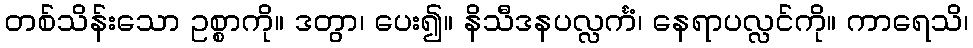
တစ်သိန်းသော ဥစ္စာကို။ ဒတွာ၊ ပေး၍။ နိသီဒနပလ္လင်္ကံ၊ နေရာပလ္လင်ကို။ ကာရေသိ၊